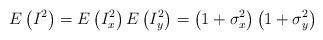
LaTeX: \begin{align*}E\left( {{I}^{2}} \right)=E\left( I_{x}^{2} \right)E\left( I_{y}^{2} \right)=\left( 1+\sigma _{x}^{2} \right)\left( 1+\sigma _{y}^{2} \right)\end{align*}